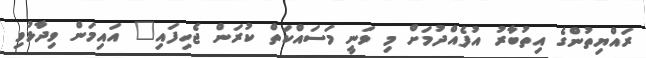
ރައްޔިތުންގެ އިތުބާރު އުފެއްދުމަށް މި ވަނީ މަސައްކަތް ކުރަން ޖެހިފައި" އައިމަން ވިދާޅުވި